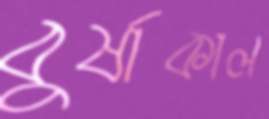
বুর্ষাকাল